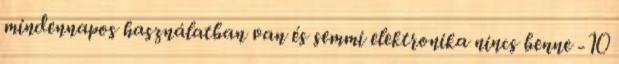
mindennapos használatban van és semmi elektronika nincs benne -10